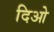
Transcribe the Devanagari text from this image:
दिओ